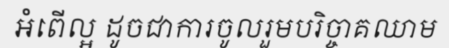
អំពើល្អ ដូចជាការចូលរួមបរិច្ចាគឈាម